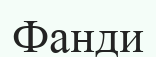
Фанди